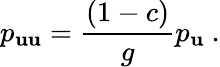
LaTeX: p_{\mathbf{u}\mathbf{u}}={\frac{{(1-c)}}{{g}}}p_{\mathbf{u}}\ .